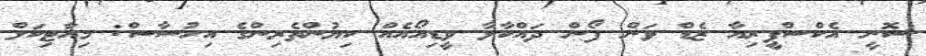
ސޮނީ އެކްސްޕީރިއާ ޒެޑް ވަން ފޯން ދައްކާލާ ވީޑިއޯއެއް ކިޔުންތެރިންގެ އިހުސާސް: މިއާޓިކަލް